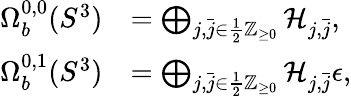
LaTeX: \begin{array}{rl}{\Omega_{b}^{0,0}(S^{3})}&{=\bigoplus_{j,\bar{j}\in\frac{1}{2}\mathbb{Z}_{\geq 0}}\mathcal{H}_{j,\bar{j}},}\\ {\Omega_{b}^{0,1}(S^{3})}&{=\bigoplus_{j,\bar{j}\in\frac{1}{2}\mathbb{Z}_{\geq 0}}\mathcal{H}_{j,\bar{j}}\epsilon,}\end{array}